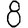
Digit: 8